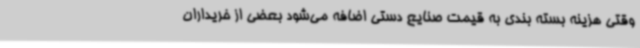
وقتی هزینه بسته بندی به قیمت صنایع دستی اضافه می‌شود بعضی از خریداران